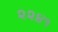
૨૨૪૧